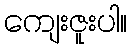
ကျေးဇူးပါ။